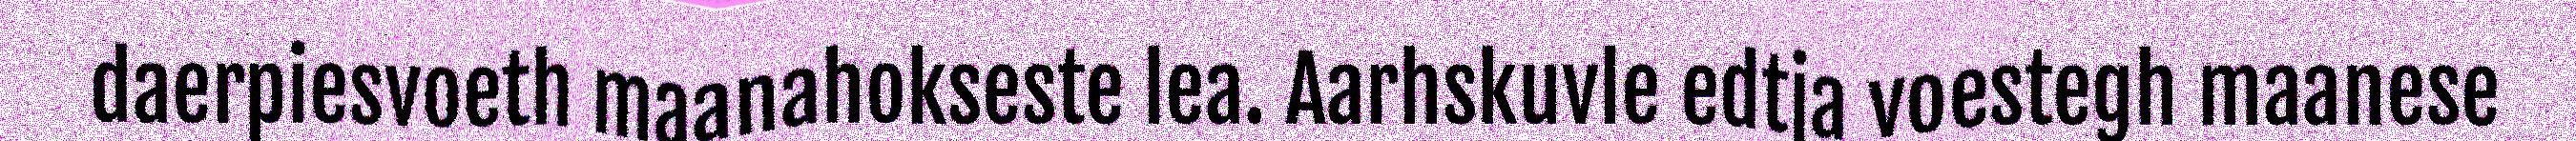
daerpiesvoeth maanahokseste lea. Aarhskuvle edtja voestegh maanese